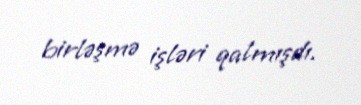
birləşmə işləri qalmışdı.